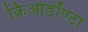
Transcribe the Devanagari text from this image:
क्रिओडॉण्टा